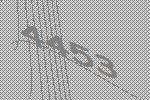
4453